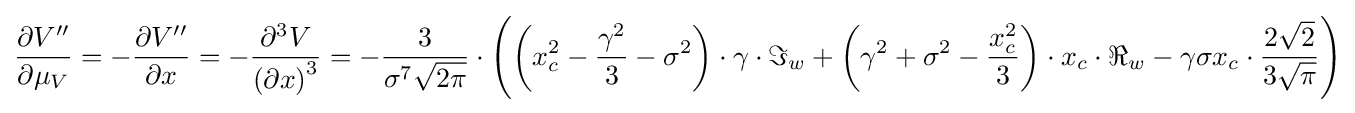
{\begin{aligned}{\frac {\partial V''}{\partial \mu _{V}}}=-{\frac {\partial V''}{\partial x}}=-{\frac {\partial ^{3}V}{\left(\partial x\right)^{3}}}=-{\frac {3}{\sigma ^{7}{\sqrt {2\pi }}}}\cdot \left(\left(x_{c}^{2}-{\frac {\gamma ^{2}}{3}}-\sigma ^{2}\right)\cdot \gamma \cdot \Im _{w}+\left(\gamma ^{2}+\sigma ^{2}-{\frac {x_{c}^{2}}{3}}\right)\cdot x_{c}\cdot \Re _{w}-\gamma \sigma x_{c}\cdot {\frac {2{\sqrt {2}}}{3{\sqrt {\pi }}}}\right)\end{aligned}}